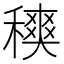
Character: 𥢡